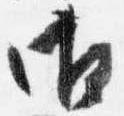
御